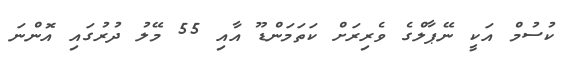
ކުސުމް އަކީ ނޭޕާލްގެ ވެރިރަށް ކަތަމަންޑޫ އާއި 55 މޭލު ދުރުގައި އޮންނަ